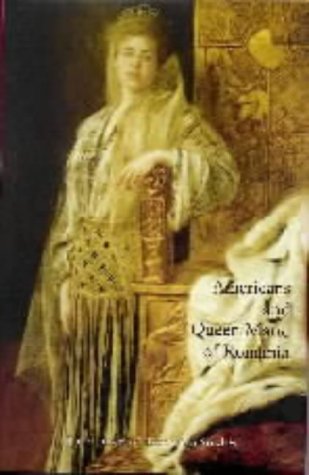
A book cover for Americans and Queen Marie of Romania; History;